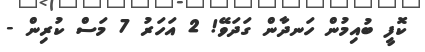
ކޮފީ ބުއިމުން ހަނދާން ގަދަވޭ! 2 އަހަރު 7 މަސް ކުރިން -